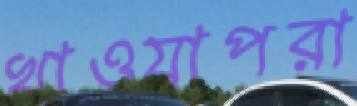
খাওয়াপরা